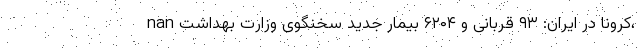
nan کرونا در ایران: ۹۳ قربانی و ۶۲۰۴ بیمار جدید سخنگوی وزارت بهداشت،